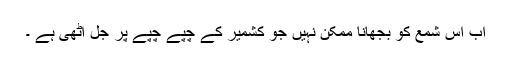
اب اس شمع کو بجھانا ممکن نہیں جو کشمیر کے چپے چپے پر جل اٹھی ہے ۔